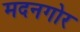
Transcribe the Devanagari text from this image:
मदनगोर